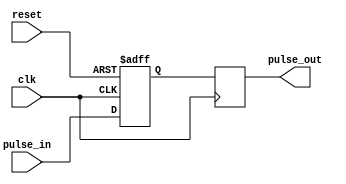
module PulseSynchronizer (
    input wire clk,
    input wire reset,
    input wire pulse_in,
    output reg pulse_out
);

reg pulse_sync;

always @(posedge clk or posedge reset) begin
    if (reset) begin
        pulse_sync <= 0;
    end else begin
        pulse_sync <= pulse_in;
    end
end

always @(posedge clk) begin
    pulse_out <= pulse_sync;
end

endmodule